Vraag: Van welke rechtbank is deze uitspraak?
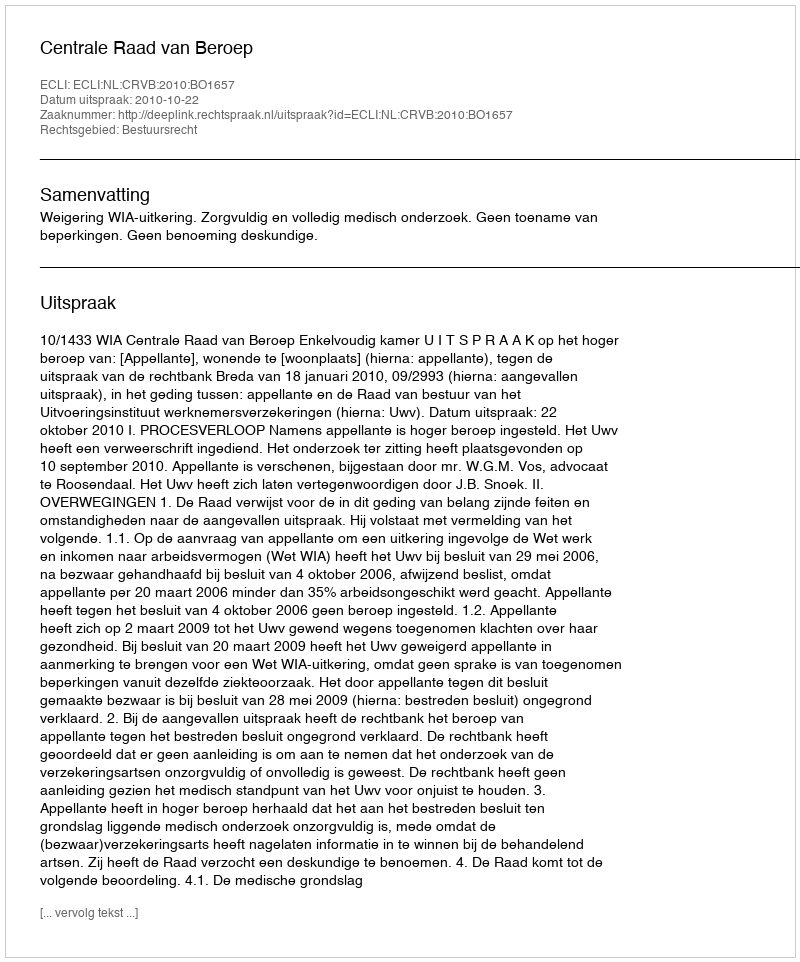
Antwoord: Centrale Raad van Beroep